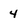
Character: 4